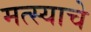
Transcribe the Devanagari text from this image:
मत्स्याचे